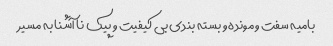
بامیه سفت و مونده و بسته بندی بی کیفیت و پیک نا آشنا به مسیر